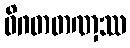
ဝိဂတတဏှဿ